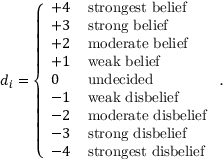
d _ { i } = \left\{ \begin{array} { l l } { + 4 \, } & { \mathrm { s t r o n g e s t ~ b e l i e f } } \\ { + 3 \, } & { \mathrm { s t r o n g ~ b e l i e f } } \\ { + 2 \, } & { \mathrm { m o d e r a t e ~ b e l i e f } } \\ { + 1 \, } & { \mathrm { w e a k ~ b e l i e f } } \\ { 0 \, } & { \mathrm { u n d e c i d e d } } \\ { - 1 \, } & { \mathrm { w e a k ~ d i s b e l i e f } } \\ { - 2 \, } & { \mathrm { m o d e r a t e ~ d i s b e l i e f } } \\ { - 3 \, } & { \mathrm { s t r o n g ~ d i s b e l i e f } } \\ { - 4 \, } & { \mathrm { s t r o n g e s t ~ d i s b e l i e f } } \end{array} \right. \, .